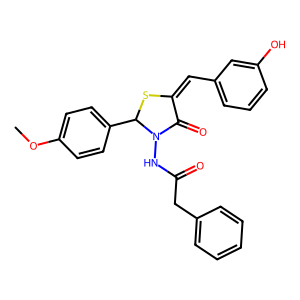
SMILES: COc1ccc(C2SC(=Cc3cccc(O)c3)C(=O)N2NC(=O)Cc2ccccc2)cc1
Inhibits HIV replication: No